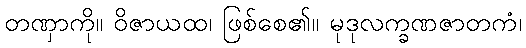
တဏှာကို။ ဝိဇာယထ၊ ဖြစ်စေ၏။ မုဒုလက္ခဏဇာတကံ၊